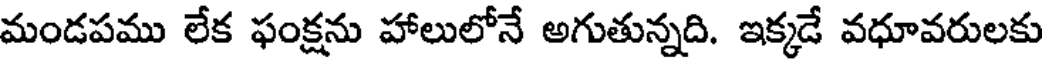
మండపము లేక ఫంక్షను హాలులోనే అగుతున్నది. ఇక్కడే వధూవరులకు